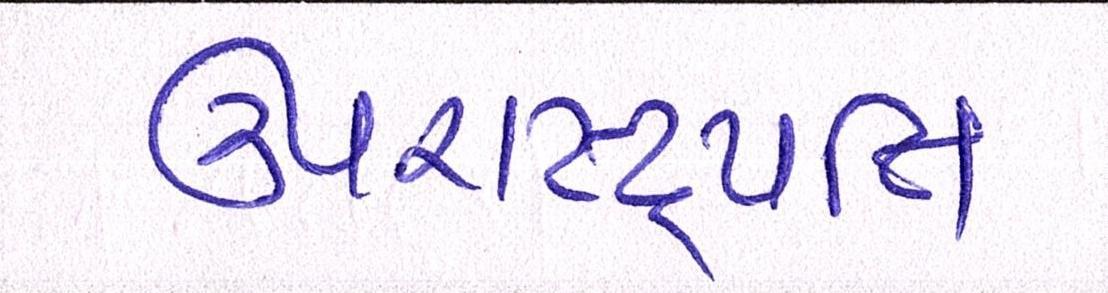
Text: ઉપરાષ્ટ્રપતિ